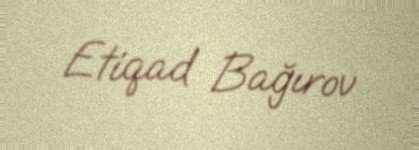
Etiqad Bağırov